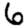
Digit: 6